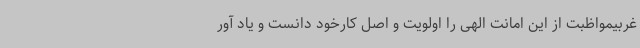
غربیمواظبت از این امانت الهی را اولویت و اصل کارخود دانست و یاد آور